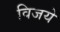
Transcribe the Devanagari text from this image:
विजये